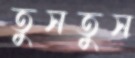
তুসতুস